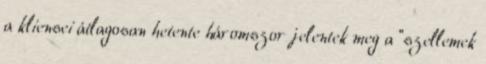
a kliensei átlagosan hetente háromszor jelentek meg a “szellemek